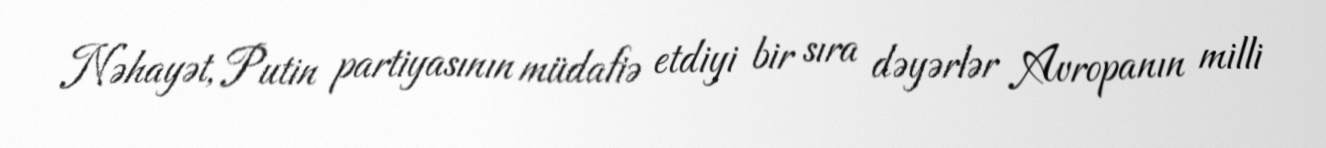
Nəhayət, Putin partiyasının müdafiə etdiyi bir sıra dəyərlər Avropanın milli